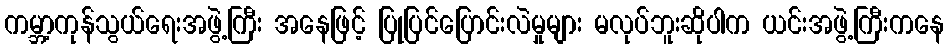
ကမ္ဘာ့ကုန်သွယ်ရေးအဖွဲ့ကြီး အနေဖြင့် ပြုပြင်ပြောင်းလဲမှုများ မလုပ်ဘူးဆိုပါက ယင်းအဖွဲ့ကြီးကနေ